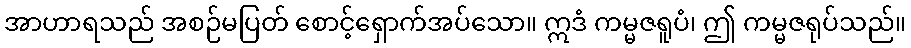
အာဟာရသည် အစဉ်မပြတ် စောင့်ရှောက်အပ်သော။ ဣဒံ ကမ္မဇရူပံ၊ ဤ ကမ္မဇရုပ်သည်။